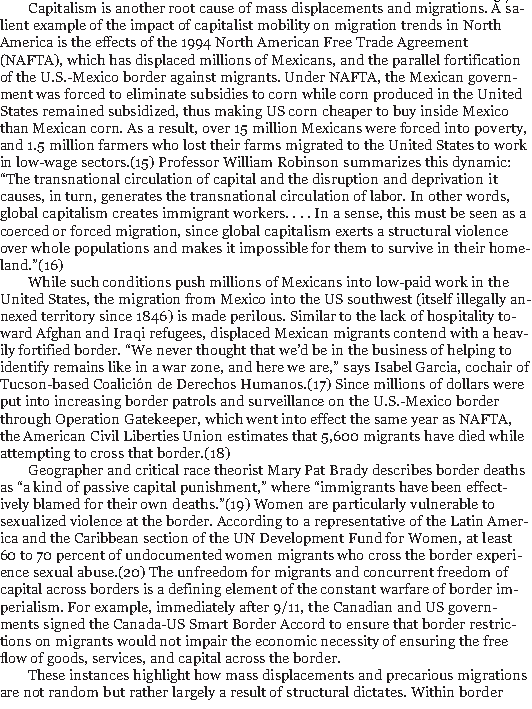
31/186
 Capitalism is another root cause of mass displacements and migrations. A sa-
 lient example of the impact of capitalist mobility on migration trends in North
 America is the effects of the 1994 North American Free Trade Agreement
 (NAFTA), which has displaced millions of Mexicans, and the parallel fortification
 of the U.S.-Mexico border against migrants. Under NAFTA, the Mexican govern-
 ment was forced to eliminate subsidies to corn while corn produced in the United
 States remained subsidized, thus making US corn cheaper to buy inside Mexico
 than Mexican corn. As a result, over 15 million Mexicans were forced into poverty,
 and 1.5 million farmers who lost their farms migrated to the United States to work
 in low-wage sectors.(15) Professor William Robinson summarizes this dynamic:
 “The transnational circulation of capital and the disruption and deprivation it
 causes, in turn, generates the transnational circulation of labor. In other words,
 global capitalism creates immigrant workers. . . . In a sense, this must be seen as a
 coerced or forced migration, since global capitalism exerts a structural violence
 over whole populations and makes it impossible for them to survive in their home-
 land.”(16)
 While such conditions push millions of Mexicans into low-paid work in the
 United States, the migration from Mexico into the US southwest (itself illegally an-
 nexed territory since 1846) is made perilous. Similar to the lack of hospitality to-
 ward Afghan and Iraqi refugees, displaced Mexican migrants contend with a heav-
 ily fortified border. “We never thought that we’d be in the business of helping to
 identify remains like in a war zone, and here we are,” says Isabel Garcia, cochair of
 Tucson-based Coalición de Derechos Humanos.(17) Since millions of dollars were
 put into increasing border patrols and surveillance on the U.S.-Mexico border
 through Operation Gatekeeper, which went into effect the same year as NAFTA,
 the American Civil Liberties Union estimates that 5,600 migrants have died while
 attempting to cross that border.(18)
 Geographer and critical race theorist Mary Pat Brady describes border deaths
 as “a kind of passive capital punishment,” where “immigrants have been effect-
 ively blamed for their own deaths.”(19)Women are particularly vulnerable to
 sexualized violence at the border. According to a representative of the Latin Amer-
 ica and the Caribbean section of the UN Development Fund for Women, at least
 60 to 70 percent of undocumented women migrants who cross the border experi-
 ence sexual abuse.(20) The unfreedom for migrants and concurrent freedom of
 capital across borders is a defining element of the constant warfare of border im-
 perialism. For example, immediately after 9/11, the Canadian and US govern-
 ments signed the Canada-US Smart Border Accord to ensure that border restric-
 tions on migrants would not impair the economic necessity of ensuring the free
 flow of goods, services, and capital across the border.
 These instances highlight how mass displacements and precarious migrations
 are not random but rather largely a result of structural dictates. Within border